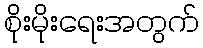
စိုးမိုးရေးအတွက်